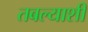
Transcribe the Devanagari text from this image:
तबल्याशी